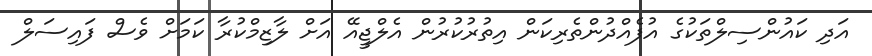
އަދި ކައުންސިލްތަކުގެ އުފެއްދުންތެރިކަން އިތުރުކުރުން އެލްޖީއޭ އަށް ލާޒިމްކުރާ ކަމަށް ވެސް ފައިސަލް